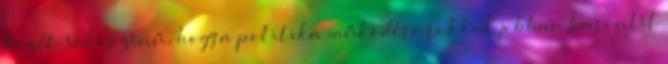
kezét. Valószínű, hogy a politika működése sokkal jobban hasonlít